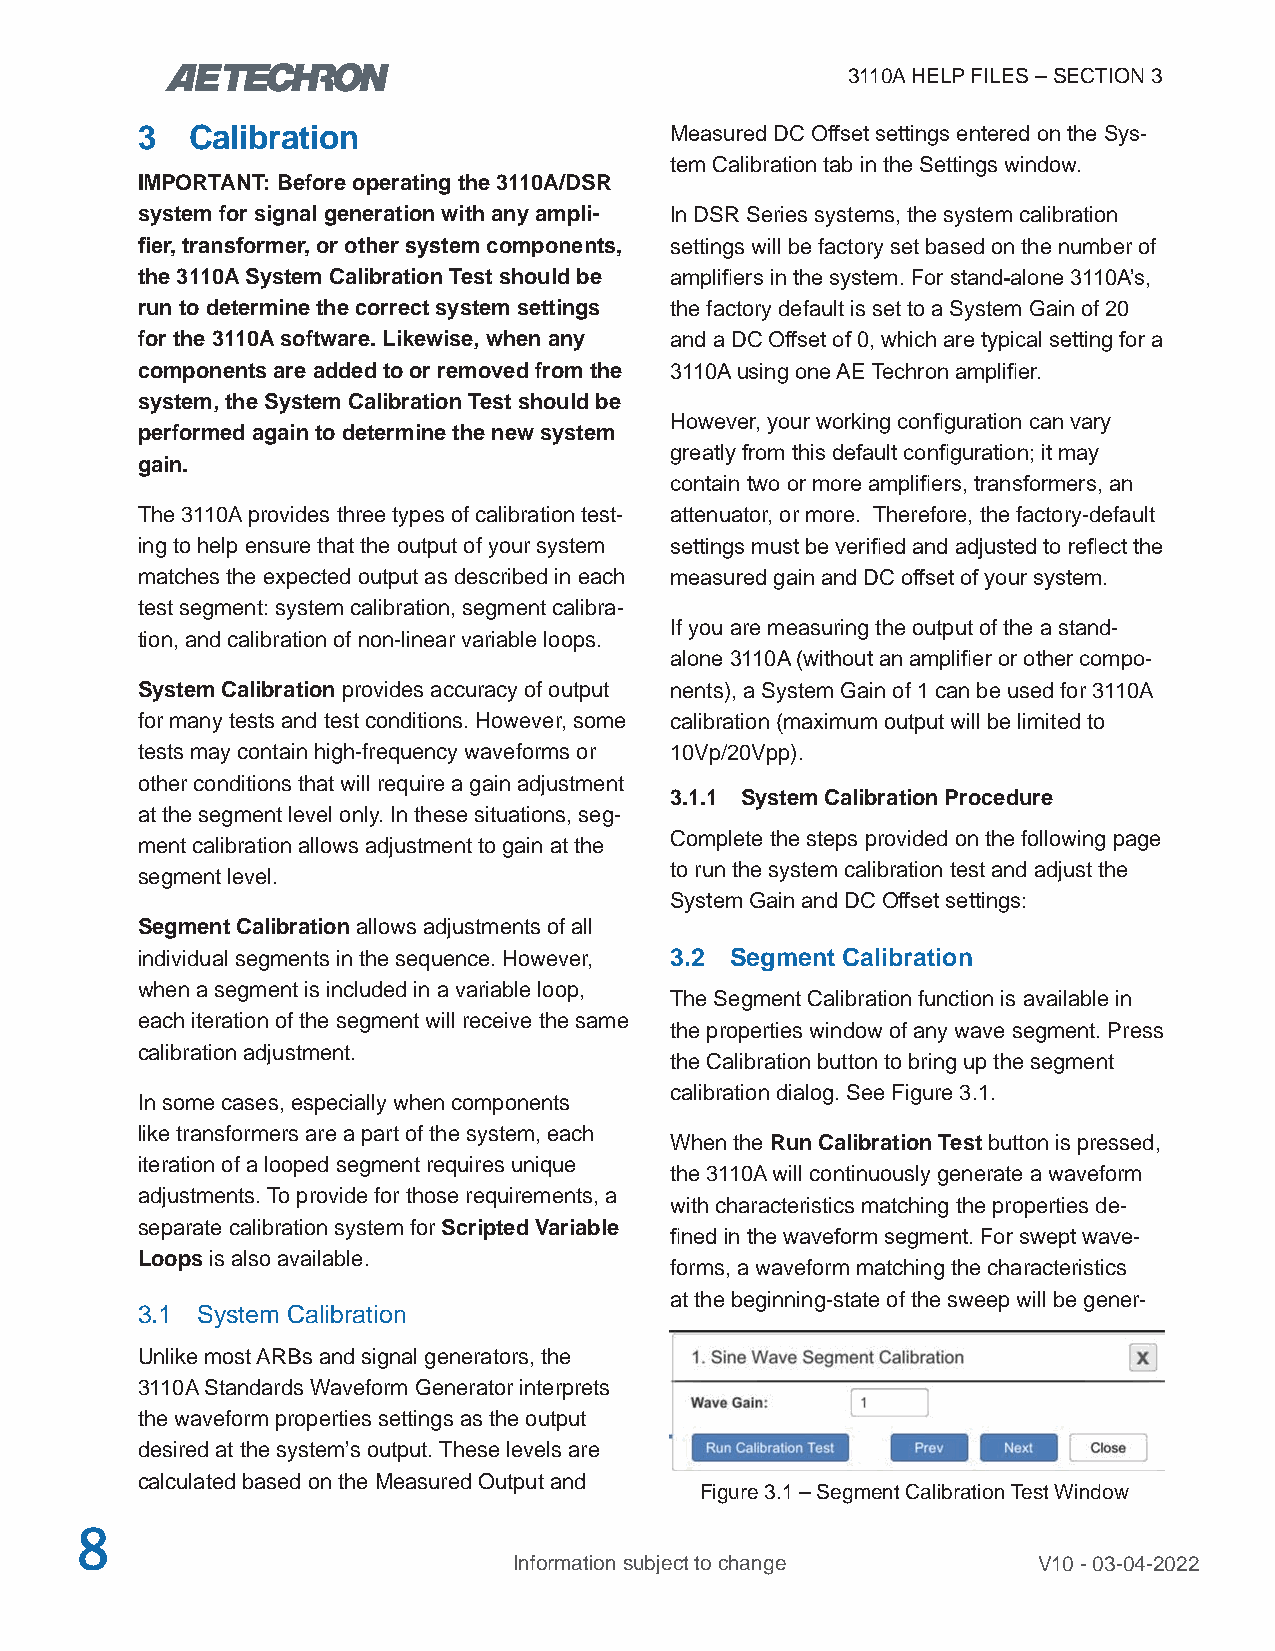
3110A HELP FILES – SECTION 3
 3  Calibration                     Measured DC Offset settings entered on the Sys-
 tem Calibration tab in the Settings window.
 IMPORTANT: Before operating the 3110A/DSR
 system for signal generation with any ampli- In DSR Series systems, the system calibration
 fier, transformer, or other system components, settings will be factory set based on the number of
 the 3110A System Calibration Test should be amplifiers in the system. For stand-alone 3110A’s,
 run to determine the correct system settings the factory default is set to a System Gain of 20
 for the 3110A software. Likewise, when any and a DC Offset of 0, which are typical setting for a
 components are added to or removed from the 3110A using one AE Techron amplifier.
 system, the System Calibration Test should be
 However, your working configuration can vary
 performed again to determine the new system
 greatly from this default configuration; it may
 gain.
 contain two or more amplifiers, transformers, an
 The 3110A provides three types of calibration test- attenuator, or more. Therefore, the factory-default
 ing to help ensure that the output of your system settings must be verified and adjusted to reflect the
 matches the expected output as described in each measured gain and DC offset of your system.
 test segment: system calibration, segment calibra-
 If you are measuring the output of the a stand-
 tion, and calibration of non-linear variable loops.
 alone 3110A (without an amplifier or other compo-
 System Calibration provides accuracy of output nents), a System Gain of 1 can be used for 3110A
 for many tests and test conditions. However, some calibration (maximum output will be limited to
 tests may contain high-frequency waveforms or 10Vp/20Vpp).
 other conditions that will require a gain adjustment
 3.1.1 System Calibration Procedure
 at the segment level only. In these situations, seg-
 Complete the steps provided on the following page
 ment calibration allows adjustment to gain at the
 to run the system calibration test and adjust the
 segment level.
 System Gain and DC Offset settings:
 Segment Calibration allows adjustments of all
 individual segments in the sequence. However, 3.2 Segment Calibration
 when a segment is included in a variable loop,
 The Segment Calibration function is available in
 each iteration of the segment will receive the same
 the properties window of any wave segment. Press
 calibration adjustment.
 the Calibration button to bring up the segment
 calibration dialog. See Figure 3.1.
 In some cases, especially when components
 like transformers are a part of the system, each
 When the Run Calibration Test button is pressed,
 iteration of a looped segment requires unique
 the 3110A will continuously generate a waveform
 adjustments. To provide for those requirements, a
 with characteristics matching the properties de-
 separate calibration system for Scripted Variable
 fined in the waveform segment. For swept wave-
 Loops is also available.
 forms, a waveform matching the characteristics
 at the beginning-state of the sweep will be gener-
 3.1 System Calibration
 Unlike most ARBs and signal generators, the
 3110A Standards Waveform Generator interprets
 the waveform properties settings as the output
 desired at the system’s output. These levels are
 calculated based on the Measured Output and
 Figure 3.1 – Segment Calibration Test Window
 8
 Information subject to change      V10 - 03-04-2022